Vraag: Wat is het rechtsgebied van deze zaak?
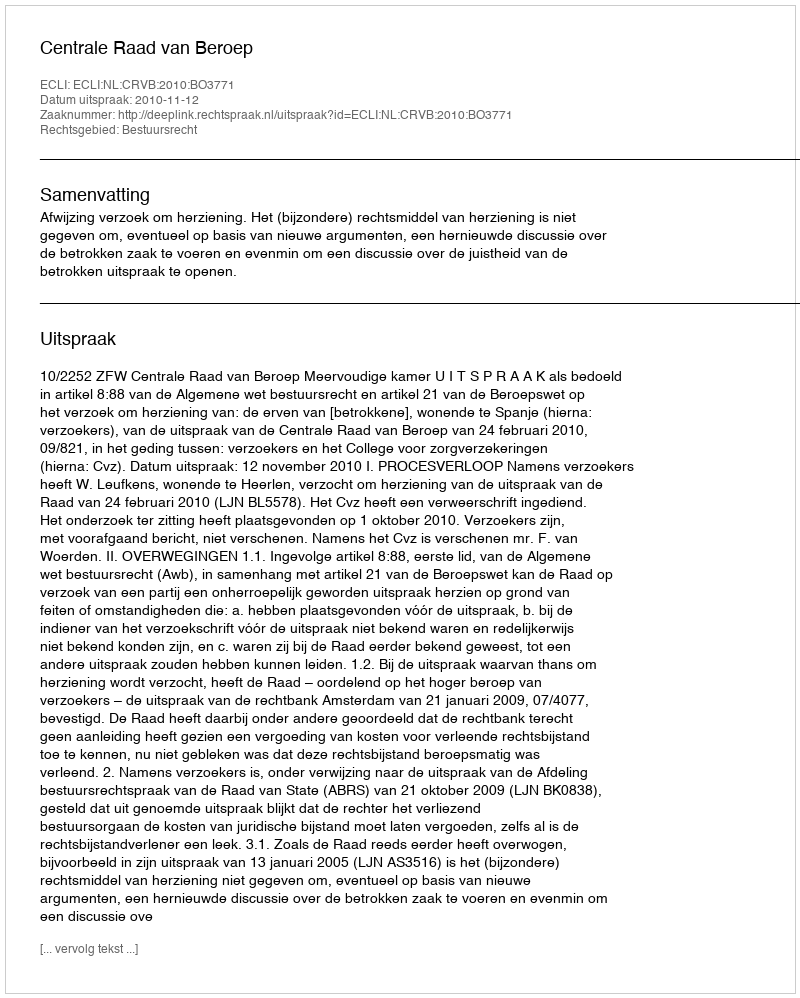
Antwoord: Bestuursrecht